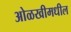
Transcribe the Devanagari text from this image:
ओळखीमधील